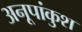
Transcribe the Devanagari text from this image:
अनूपांकुश